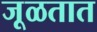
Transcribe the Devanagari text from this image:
जूळतात